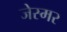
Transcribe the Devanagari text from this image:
जेस्मर